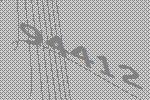
94412